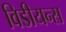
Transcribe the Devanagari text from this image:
विडीयन्स